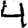
Digit: 4